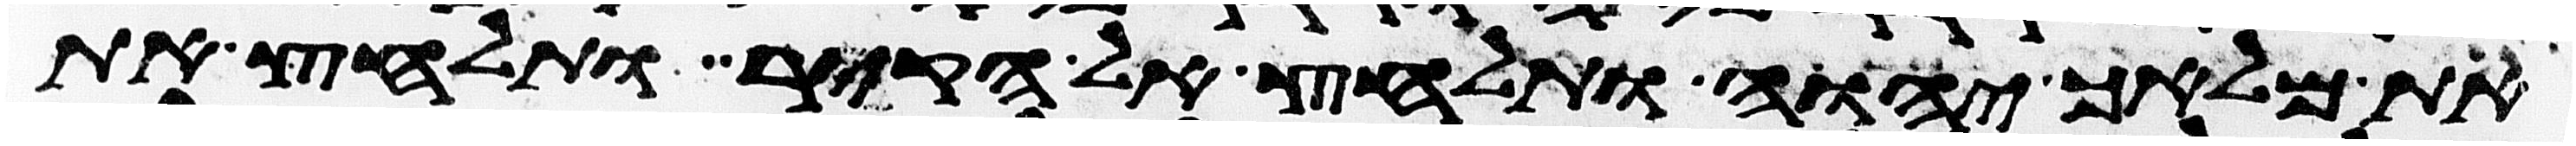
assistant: את מלאך יהוה ותלחץ אל הקיר ותלחץ את